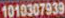
1010307939